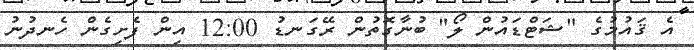
އެ ޤައުމުގެ "ޝަޓްޑައުން ލޯ" ބުނާގޮތުން ރޭގަނޑު 12:00 އިން ފެށިގެން ހެނދުނު